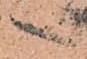
へ